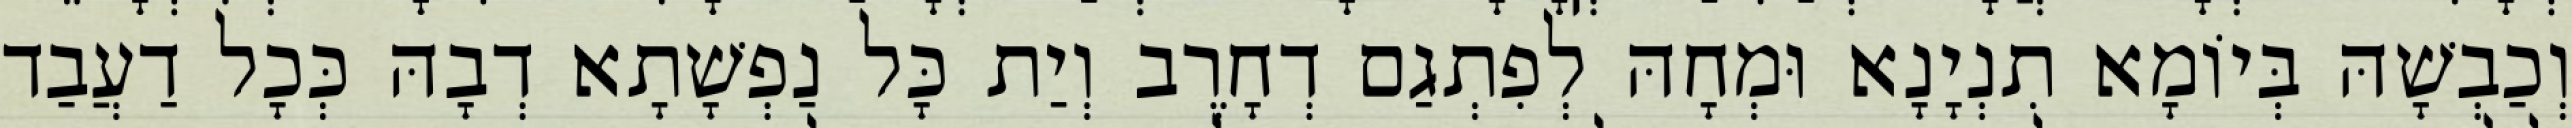
וְכַבְשָׁהּ בְּיוֹמָא תִנְיָנָא וּמְחָהּ לְפִתְגַם דְחָרֶב וְיַת כָּל נַפְשָׁתָא דְבָהּ כְּכָל דַעֲבַד